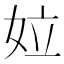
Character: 𡛩